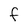
Character: F